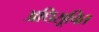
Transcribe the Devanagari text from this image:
अधिसूचित